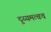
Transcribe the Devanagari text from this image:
दुय्यमत्वच